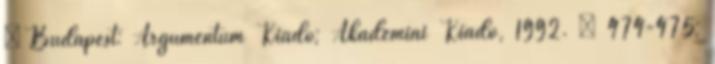
– Budapest: Argumentum Kiadó; Akadémiai Kiadó, 1992. – 474-475;